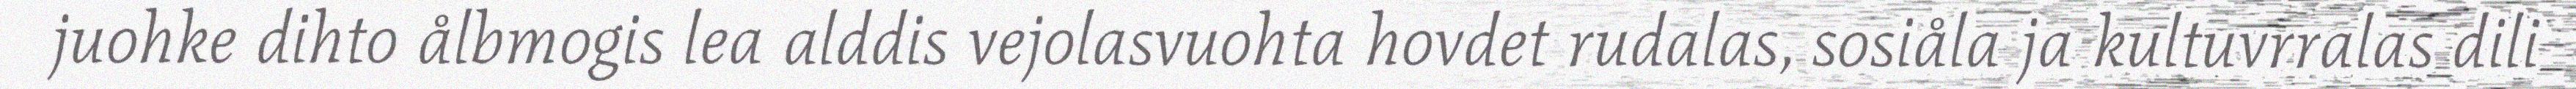
juohke dihto ålbmogis lea alddis vejolasvuohta hovdet rudalas, sosiåla ja kultuvrralas dili